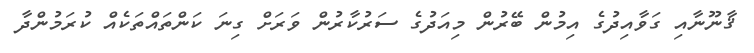
ޤާނޫނާއި ގަވާއިދުގެ އިމުން ބޭރުން މިއަދުގެ ސަރުކާރުން ވަރަށް ގިނަ ކަންތައްތަކެއް ކުރަމުންދާ